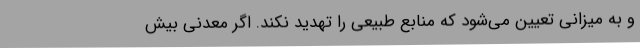
و به میزانی تعیین می‌شود که منابع طبیعی را تهدید نکند. اگر معدنی بیش